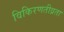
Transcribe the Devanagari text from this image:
विकिरणतीव्रता